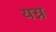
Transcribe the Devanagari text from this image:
यग्न